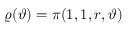
\varrho ( \vartheta ) = \pi ( 1 , 1 , r , \vartheta )